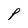
Character: P